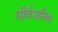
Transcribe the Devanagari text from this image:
सीर्वजनिक